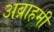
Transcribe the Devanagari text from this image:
अब्राहमी